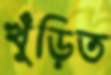
খুঁড়িত